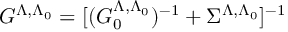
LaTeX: G ^ { \Lambda , \Lambda _ { 0 } } = [ ( G _ { 0 } ^ { \Lambda , \Lambda _ { 0 } } ) ^ { - 1 } + \Sigma ^ { \Lambda , \Lambda _ { 0 } } ] ^ { - 1 }